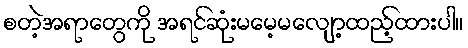
စတဲ့အရာတွေကို အရင်ဆုံးမမေ့မလျော့ထည့်ထားပါ။